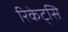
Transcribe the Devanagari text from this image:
रिकेट्सि